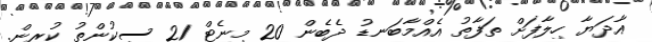
އާދަޔާ ހިލާފަށް ތަފާތު އެއްމާބަނޑު ދެބެން 20 މިނެޓް 21 ސިކުންތު ކުރިން.